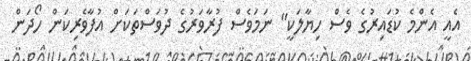
އެއީ އެންމެ ކުޑައިރުގެ ވެސް ހިޔާލަކީ" ނަމަވެސް ފުރާވަރުގެ ދުވަސްތަކަށް އުފާވެރިކަން ހޯދަން